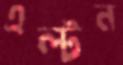
এল্টন